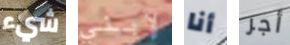
شيء لإبني أنا أجر